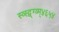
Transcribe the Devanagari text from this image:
स्व्स्द्व्ग्व्म्४६५४